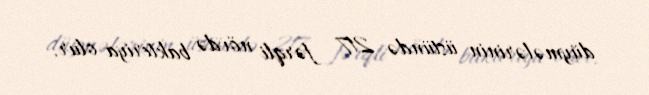
düymələrinin üstündə 217 fərqli növdə bakteriya olur.